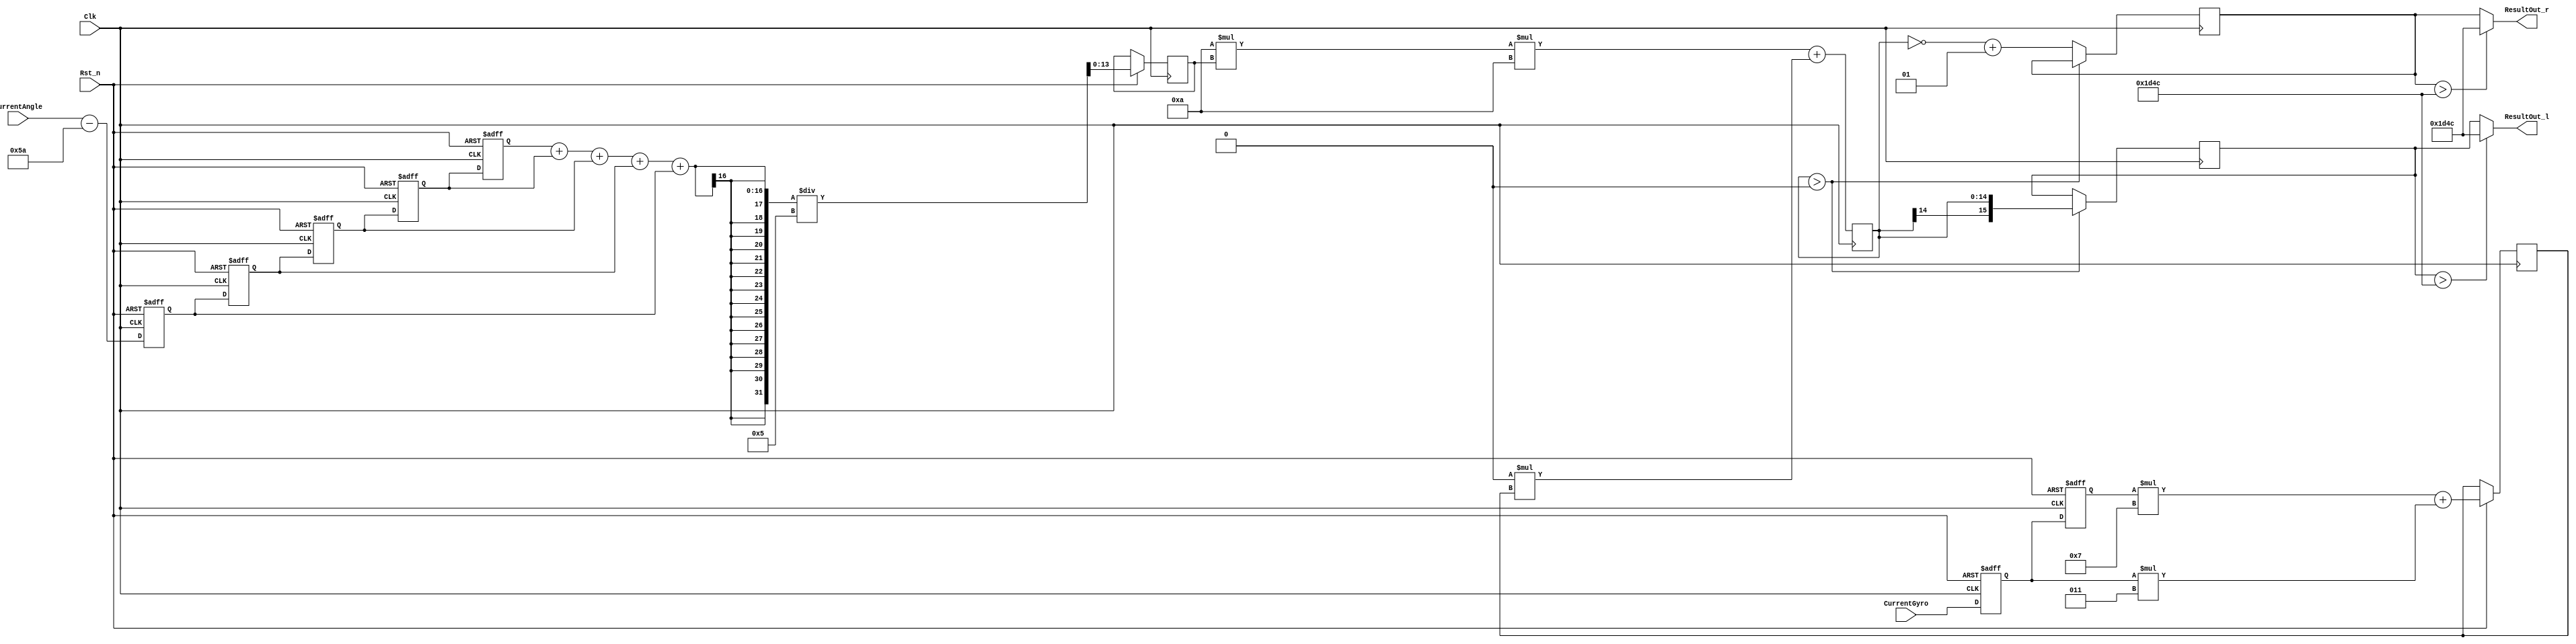
module pid_control(Clk,Rst_n,CurrentAngle,CurrentGyro,ResultOut_l,ResultOut_r);
input Clk,Rst_n;
input signed[12:0]CurrentAngle,CurrentGyro;
output [15:0]ResultOut_l,ResultOut_r;

//reg [8:0]setAngle;
reg signed[12:0]Angle_1,Angle_2,Angle_3,Angle_4,Angle_5;
reg signed[13:0]Angle_Tmp;
reg signed[12:0]Gyro_1,Gyro_2;
reg signed[13:0]Gyro_Tmp;

parameter setAngle=90;
parameter P=10,
			 I=0,
			 D=0;
			 
//reg [3:0]cnt;
//reg Clk_12M;
//always@(posedge Clk or negedge Rst_n)begin
//	if(!Rst_n)cnt<=0;
//	else if(cnt==2)begin Clk_12M<=1;cnt<=cnt+1;end
//	else if(cnt==4)begin Clk_12M<=0;cnt<=0;end
//	else cnt<=cnt+1;
//end
//
always@(posedge Clk or negedge Rst_n)begin
	if(!Rst_n)begin
			Angle_1 <= 0;
			Angle_2 <= 0;
			Angle_3 <= 0;
			Angle_4 <= 0;
			Angle_5 <= 0;
		end
	else begin
			Angle_1 <= Angle_2;
			Angle_2 <= Angle_3;
			Angle_3 <= Angle_4;
			Angle_4 <= Angle_5;
			Angle_5 <= CurrentAngle - setAngle;
			Angle_Tmp <= (Angle_1+Angle_2+Angle_3+Angle_4+Angle_5)/5;
		end
end

//
always@(posedge Clk or negedge Rst_n)begin
	if(!Rst_n)begin
			Gyro_1 <= 0;
			Gyro_2 <= 0;
		end
	else begin
			Gyro_1 <= Gyro_2;
			Gyro_2 <= CurrentGyro;
			Gyro_Tmp <= Gyro_1 *7 +Gyro_2*3;
			//Gyro_Tmp <=Gyro_Tmp/10;
		end
end

//
reg signed[14:0]ResultOutTmp;
reg [15:0]ResultOutTmp_l,ResultOutTmp_r;

always@(posedge Clk)begin
	ResultOutTmp <= P*Angle_Tmp*10 + D*Gyro_Tmp;
	if(ResultOutTmp>0)
		ResultOutTmp_l<=ResultOutTmp;
	else
		ResultOutTmp_r<=~ResultOutTmp+1;
end

assign ResultOut_l=(ResultOutTmp_l>7500)?7500:ResultOutTmp_l;
assign ResultOut_r=(ResultOutTmp_r>7500)?7500:ResultOutTmp_r;
endmodule